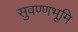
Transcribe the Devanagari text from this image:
सुवण्णभूमि